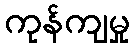
ကုန်ကျမှု